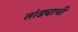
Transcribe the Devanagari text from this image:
तांड्याची